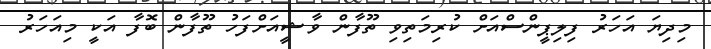
މިދިޔަ އަހަރު ފިލިޕީންސްއަށް ކުރިމަތިވި ތޫފާން ވާޝީއަށްފަހު ތޫފާން ބޮފާ އަކީ މިއަހަރު